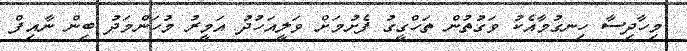
މިހާދިސާ ހިނގުމާއެކު ވަގުތުން ތަހްގީގު ފެށުމަށް ވަލީއަހުދު އަމީރު މުހަންމަދު ބިން ނާއިފް